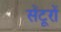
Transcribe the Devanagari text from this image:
सेंटूरों